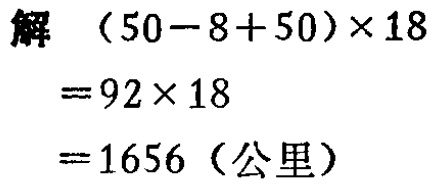
解 \((50 - 8 + 50)\times18\)

\(= 92\times18\)

\(= 1656\)（公里）